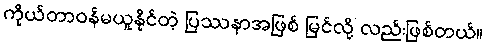
ကိုယ်တာဝန်မယူနိုင်တဲ့ ပြဿနာအဖြစ် မြင်လို့ လည်းဖြစ်တယ်။